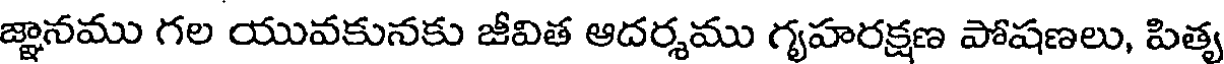
జ్ఞానము గల యువకునకు జీవిత ఆదర్శము గృహరక్షణ పోషణలు, పిత్య